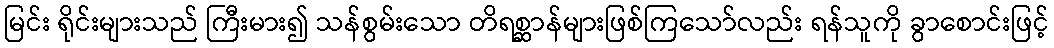
မြင်း ရိုင်းများသည် ကြီးမား၍ သန်စွမ်းသော တိရစ္ဆာန်များဖြစ်ကြသော်လည်း ရန်သူကို ခွာစောင်းဖြင့်